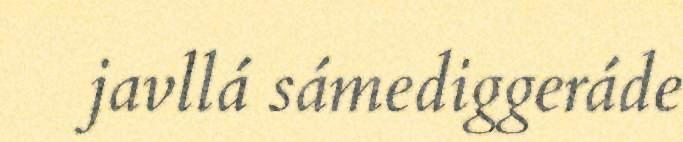
javllá sámediggeráde